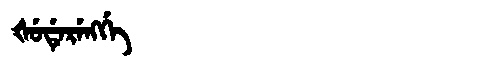
Manchu: ᡧᡠᡩᡝᡵᡝᠩᡤᡝ
Romanization: ŠUDERENGGE